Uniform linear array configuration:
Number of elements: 48
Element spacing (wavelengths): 0.75
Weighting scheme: binomial
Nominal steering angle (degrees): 45
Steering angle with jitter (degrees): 46.997
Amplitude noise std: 0.05
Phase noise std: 0.05

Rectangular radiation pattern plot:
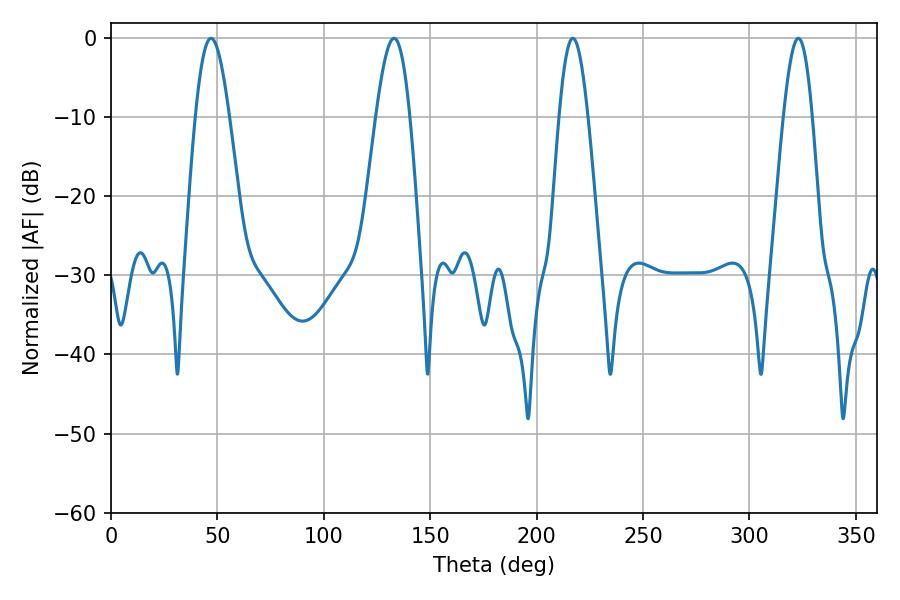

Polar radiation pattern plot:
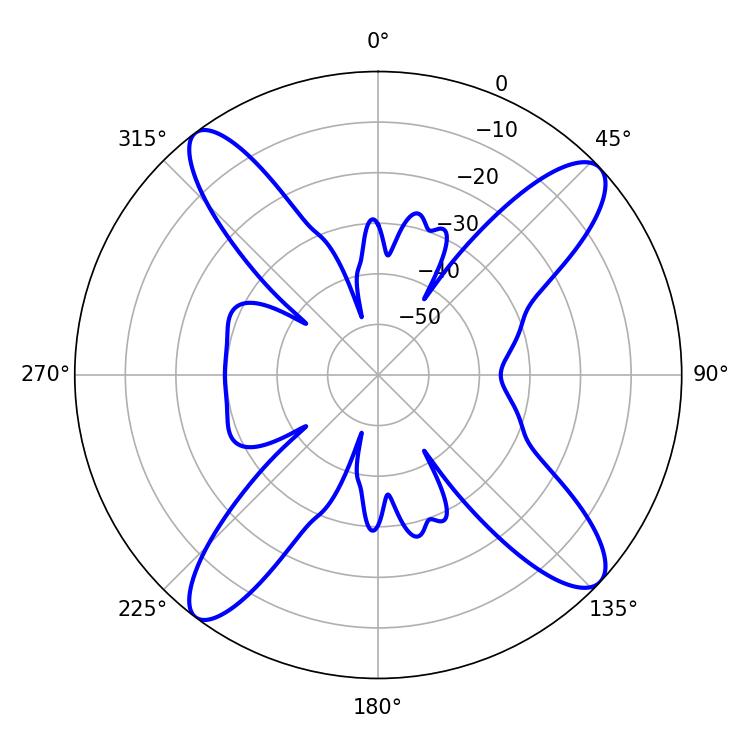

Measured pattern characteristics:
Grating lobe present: TRUE
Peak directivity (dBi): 14.401
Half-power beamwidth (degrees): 8.64
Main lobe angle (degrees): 46.98